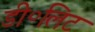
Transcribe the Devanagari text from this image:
डी०लिट